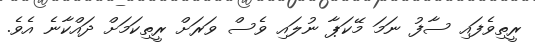
ރީތިވެފައި ސާފު ނަމަ މޭކަޕާ ނުލައި ވެސް ވަރަށް ރީތިކަމަށް ދައްކާނެ އެވެ.